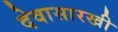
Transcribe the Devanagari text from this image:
देवासारखी